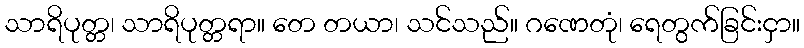
သာရိပုတ္တ၊ သာရိပုတ္တရာ။ တေ တယာ၊ သင်သည်။ ဂဏေတုံ၊ ရေတွက်ခြင်းငှာ။